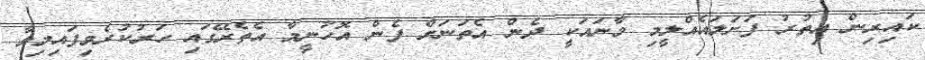
ކައިރިން އިތުރު ފަށަލައެއްލީމި މާނައަކީ ދެން އެތަނަށް ފެން އޮހުނީމާ އެތެރޭގައި ހަރުކުރެވިފައިމިވާ